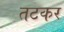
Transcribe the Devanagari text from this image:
तटकर